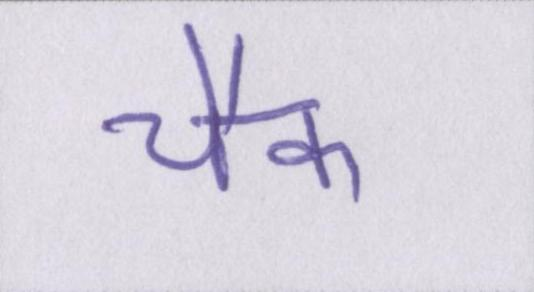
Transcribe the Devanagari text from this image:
चैक